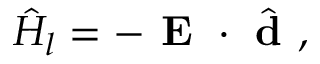
\hat { H } _ { l } = - \textbf { E } \cdot \hat { \textbf { d } } ,